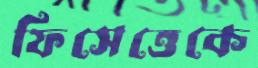
ফিসেত্তেকে